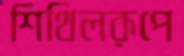
শিথিলরূপে